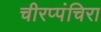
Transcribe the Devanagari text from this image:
चीरप्पंचिरा